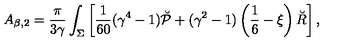
A _ { \beta , 2 } = { \frac { \pi } { 3 \gamma } } \int _ { \Sigma } \left[ { \frac { 1 } { 6 0 } } ( \gamma ^ { 4 } - 1 ) \breve { \cal P } + ( \gamma ^ { 2 } - 1 ) \left( \frac 1 6 - \xi \right) \breve { R } \right] ,